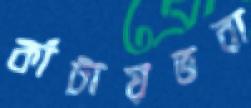
কাঁটায়ভরা